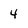
Character: 4